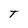
Character: T